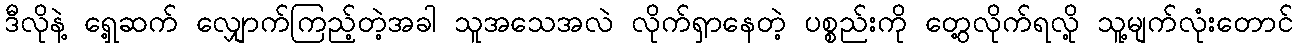
ဒီလိုနဲ့ ရှေ့ဆက် လျှောက်ကြည့်တဲ့အခါ သူအသေအလဲ လိုက်ရှာနေတဲ့ ပစ္စည်းကို တွေ့လိုက်ရလို့ သူ့မျက်လုံးတောင်